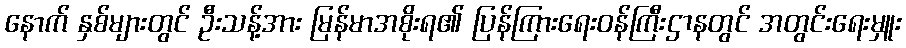
နောက် နှစ်များတွင် ဦးသန့်အား မြန်မာအစိုးရ၏ ပြန်ကြားရေးဝန်ကြီးဌာနတွင် အတွင်းရေးမှူး